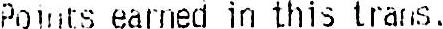
POINTS EARNED IN THIS TRANS.